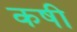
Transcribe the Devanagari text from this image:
कषी